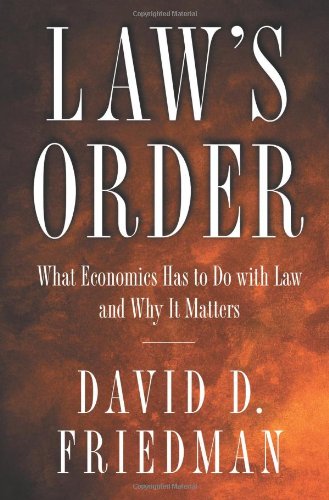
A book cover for Law's Order: What Economics Has to Do with Law and Why It Matters; David D. Friedman; Law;